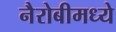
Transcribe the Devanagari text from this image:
नैरोबीमध्ये